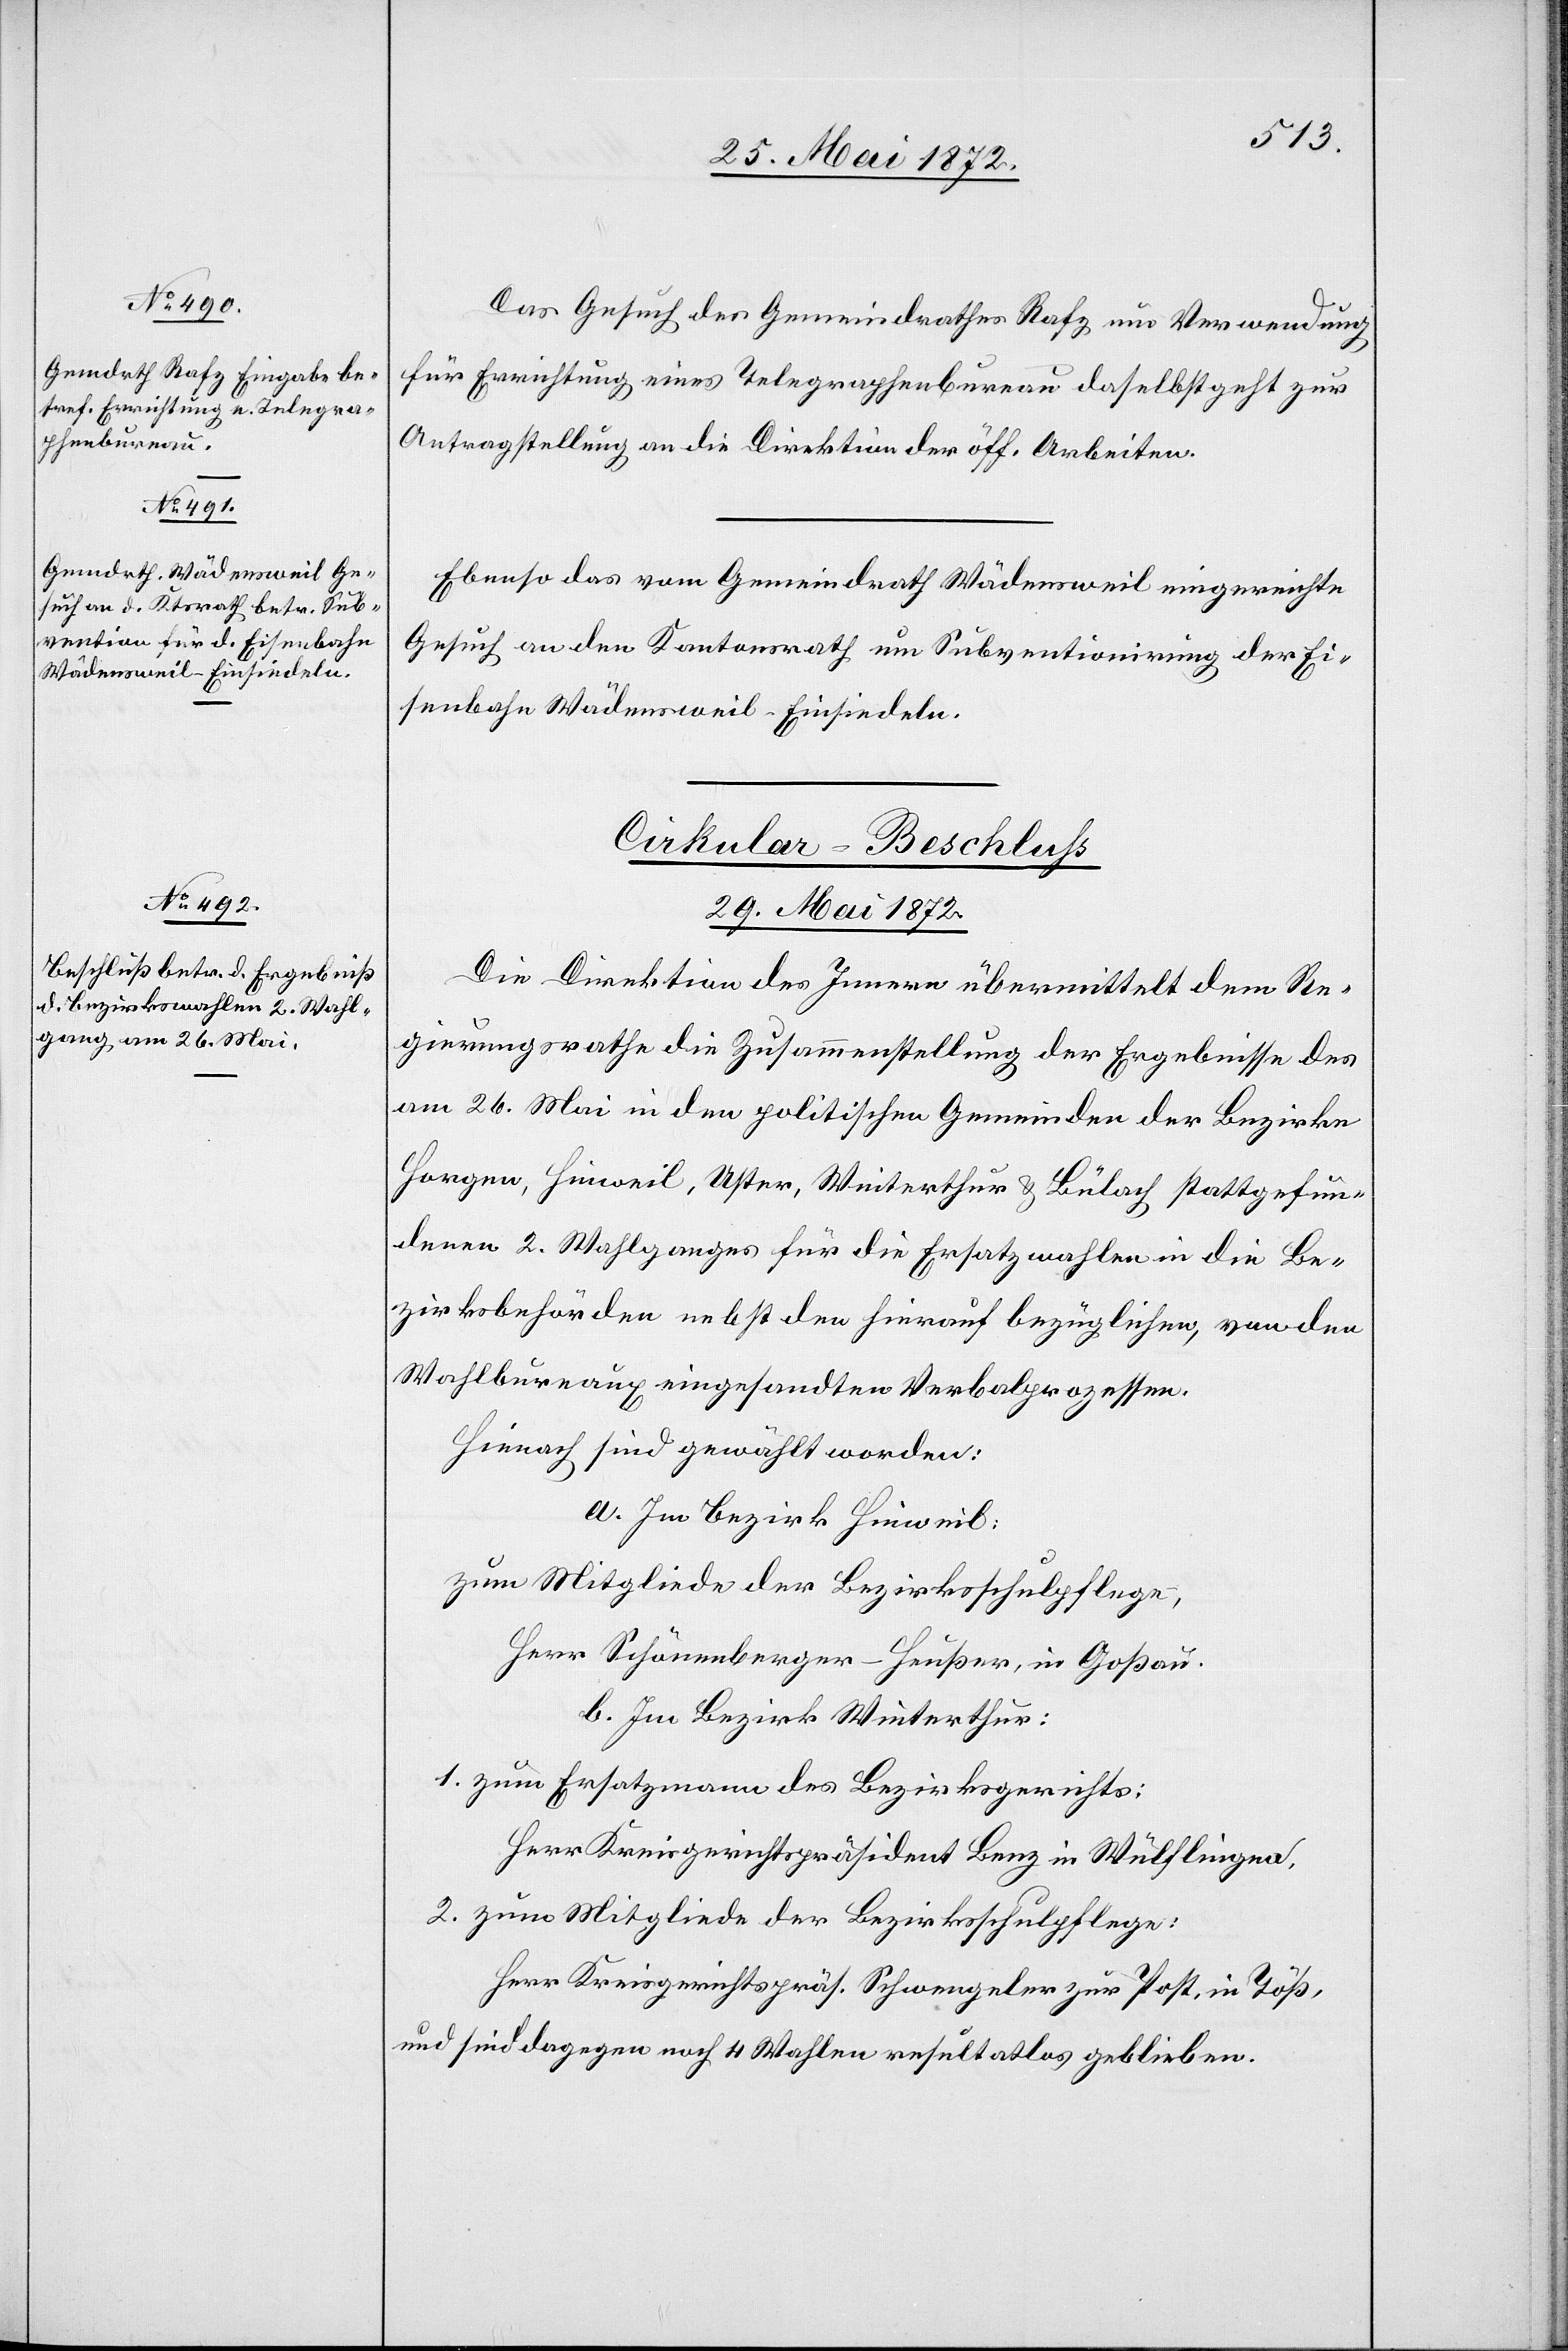
Das Gesuch des Gemeindrathes Rafz um Verwendung
für Errichtung eines Telegraphenbureau daselbst geht zur
Antragstellung an die Direktion der öff. Arbeiten.
Ebenso das vom Gemeindrath Wädensweil eingereichte
Gesuch an den Kantonsrath um Suventionirung der Ei¬
senbahn Wädensweil–Einsiedeln.
Cirkular-Beschluss
29. Mai 1872.
Die Direktion des Innern übermittelt dem Re¬
gierungsrathe die Zusammenstellung der Ergebnisse des
am 26. Mai in den politischen Gemeinden der Bezirke
Horgen, Hinweil, Uster, Winterthur u. Bülach stattgefun¬
denen 2. Wahlganges für die Ersatzwahlen in die Be¬
zirksbehörden nebst den hierauf bezüglichen, von den
Wahlbureaux eingesandten Verbalprozessen.
Hierauf sind gewählt worden:
a. Im Bezirk Hinweil:
zum Mitgliede der Bezirksschulpflege,
Herr Schönenberger-Heußer, in Goßau.
b. Im Bezirk Winterthur:
1. zum Ersatzmann des Bezirksgerichts:
Herr Kreisgerichtspräsident Benz in Wülflingen.
2. zum Mitgliede der Bezirksschulpflege:
Herr Kreisgerichtspräs. Schwengeler zur Post, in Töß,
und sind dagegen noch 4 Wahlen resultatlos geblieben.